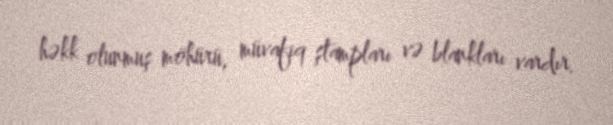
həkk olunmuş möhürü, müvafiq ştampları və blankları vardır.